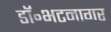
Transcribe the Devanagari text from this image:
डॉ॰भटनागर